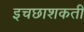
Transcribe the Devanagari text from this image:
इचछाशकती